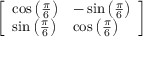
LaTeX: \left[ \begin{array} { l l } { \cos \left( { \frac { \pi } { 6 } } \right) } & { - \sin \left( { \frac { \pi } { 6 } } \right) } \\ { \sin \left( { \frac { \pi } { 6 } } \right) } & { \cos \left( { \frac { \pi } { 6 } } \right) } \end{array} \right]